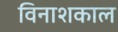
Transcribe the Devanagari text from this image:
विनाशकाल